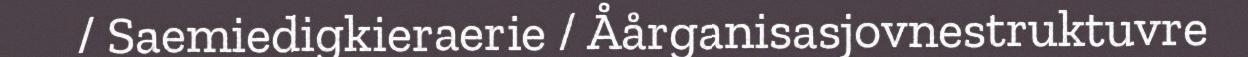
/ Saemiedigkieraerie / Åårganisasjovnestruktuvre